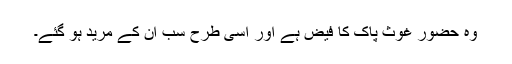
وہ حضور غوثِ پاک کا فیض ہے اور اسی طرح سب ان کے مرید ہو گئے۔